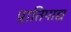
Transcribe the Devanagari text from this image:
प्रातिपाद्य